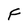
Character: F